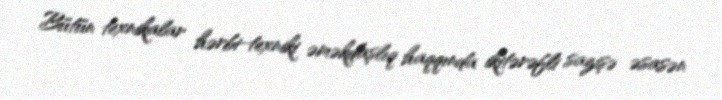
Bütün texnikalar hərbi-texniki əməkdaşlıq haqqında ikitərəfli sazişə əsasən